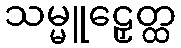
သမ္မူဠှေတ္ထ